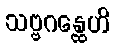
သဗ္ဗဂန္ထေဟိ